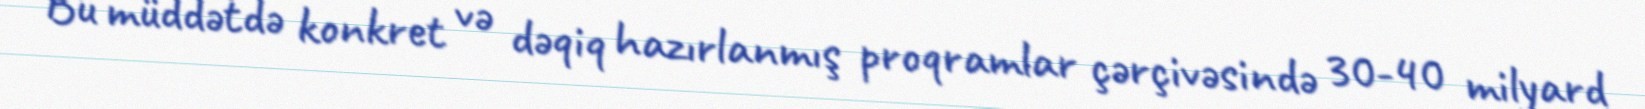
Bu müddətdə konkret və dəqiq hazırlanmış proqramlar çərçivəsində 30-40 milyard